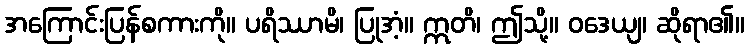
အကြောင်းပြန်စကားကို။ ပရိဿာမိ၊ ပြုအံ့။ ဣတိ၊ ဤသို့။ ဝဒေယျ၊ ဆိုရာ၏။